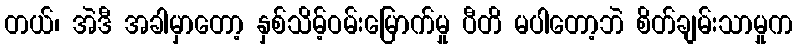
တယ်၊ အဲဒီ အခါမှာတော့ နှစ်သိမ့်ဝမ်းမြောက်မှု ပီတိ မပါတော့ဘဲ စိတ်ချမ်းသာမှုက